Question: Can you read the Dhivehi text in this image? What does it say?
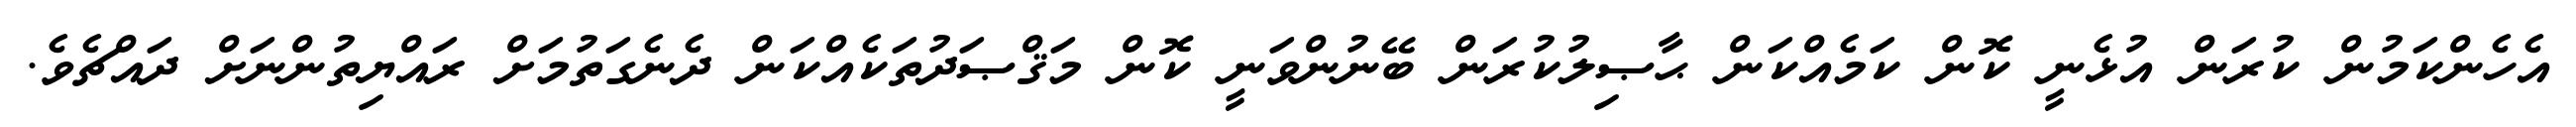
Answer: އެހެންކަމުން ކުރަން އުޅެނީ ކޮން ކަމެއްކަން ޙާޞިލުކުރަން ބޭނުންވަނީ ކޮން މަޤްޞަދުތަކެއްކަން ދެނެގަތުމަށް ރައްޔިތުންނަށް ދައްޗެވެ.